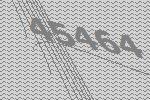
45464